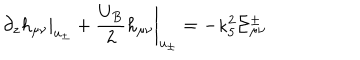
\left. \partial _ { z } h _ { \mu \nu } \right| _ { u _ { \pm } } + \left. \frac { U _ { B } } { 2 } h _ { \mu \nu } \right| _ { u _ { \pm } } = - \kappa _ { 5 } ^ { 2 } \Sigma _ { \mu \nu } ^ { \pm }